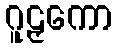
ဂူဠှကော